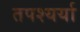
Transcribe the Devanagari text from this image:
तपश्यर्या